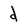
Character: d